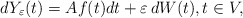
\begin{align*}dY_{\varepsilon}(t)= Af(t)dt + \varepsilon \, dW(t), t \in V,\\\end{align*}